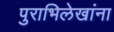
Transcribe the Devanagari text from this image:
पुराभिलेखांना